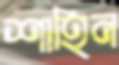
শাহিন